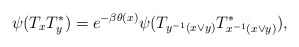
\begin{align*}\psi(T_xT_y^*) = e^{-\beta \theta(x)} \psi(T_{y^{-1}(x\vee y)} T_{x^{-1}(x\vee y)}^*),\end{align*}